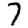
Digit: 7